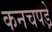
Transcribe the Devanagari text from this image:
कनचपडे़